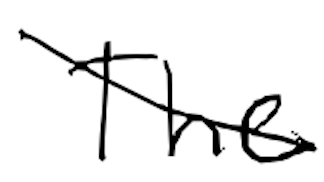
Text: The
Cross-out: mix
Writing tool: digital_black